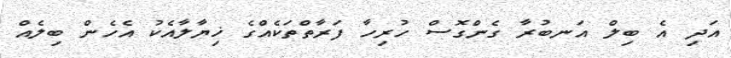
އަދި އެ ބިލް އަނބުރާ ގެންގޮސް ހުރިހާ ފަރާތްތަކެއްގެ ޚިޔާލާއެކު އެހެން ބިލެއް